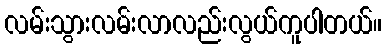
လမ်းသွားလမ်းလာလည်းလွယ်ကူပါတယ်။